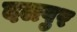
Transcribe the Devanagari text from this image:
दलपुर